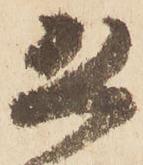
恐